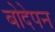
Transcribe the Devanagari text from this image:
बोदेपन